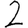
Digit: 2